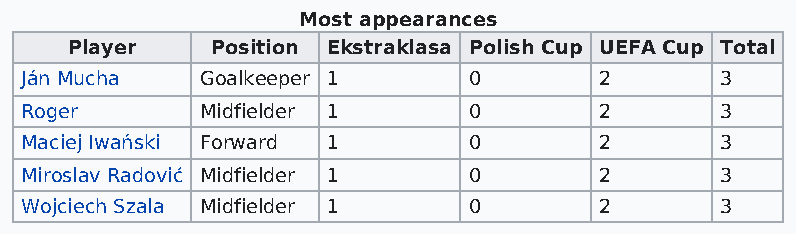
Most appearances
 Player    Position Ekstraklasa Polish Cup UEFA Cup Total
 Ján Mucha   Goalkeeper 1      0        2       3
 Roger       Midfielder 1      0        2       3
 Maciej Iwański Forward 1      0        2       3
 Miroslav Radović Midfielder 1 0        2       3
 Wojciech Szala Midfielder 1   0        2       3